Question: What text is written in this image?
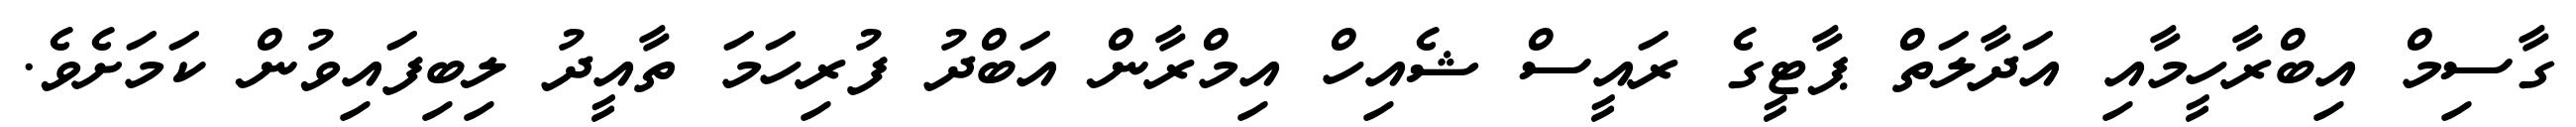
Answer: ގާސިމް އިބްރާހީމާއި އަދާލަތް ޕާޓީގެ ރައީސް ޝެއިހް އިމްރާން އަބްދު ފުރިހަމަ ތާއީދު ލިބިފައިވުން ކަމަށެވެ.